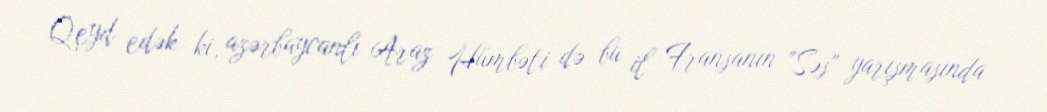
Qeyd edək ki, azərbaycanlı Araz Hümbəti də bu il Fransanın "Səs" yarışmasında